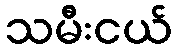
သမီးငယ်